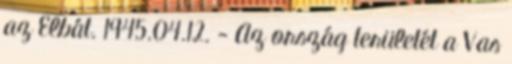
az Elbát. 1945.04.12. - Az ország területét a Vas